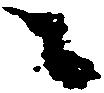
ニ